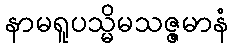
နာမရူပသ္မိမသဇ္ဇမာနံ